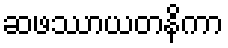
ဆဖဿာယတနိကာ